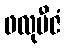
ဖလုဗီဇံ